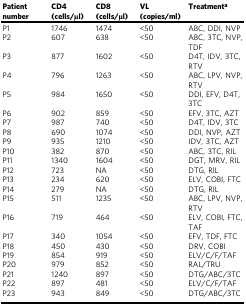
<table><thead><tr><td><b>Patient number</b></td><td><b>CD4 (cells/μl)</b></td><td><b>CD8 (cells/μl)</b></td><td><b>VL (copies/ml)</b></td><td><b>Treatment<sup>a</sup></b></td></tr></thead><tbody><tr><td>P1</td><td>1746</td><td>1474</td><td>&lt;50</td><td>ABC, DDI, NVP</td></tr><tr><td>P2</td><td>607</td><td>638</td><td>&lt;50</td><td>ABC, 3TC, NVP, TDF</td></tr><tr><td>P3</td><td>877</td><td>1602</td><td>&lt;50</td><td>D4T, IDV, 3TC, RTV</td></tr><tr><td>P4</td><td>796</td><td>1263</td><td>&lt;50</td><td>ABC, LPV, NVP, RTV</td></tr><tr><td>P5</td><td>984</td><td>1650</td><td>&lt;50</td><td>DDI, EFV, D4T, 3TC</td></tr><tr><td>P6</td><td>902</td><td>859</td><td>&lt;50</td><td>EFV, 3TC, AZT</td></tr><tr><td>P7</td><td>987</td><td>740</td><td>&lt;50</td><td>D4T, IDV, 3TC</td></tr><tr><td>P8</td><td>690</td><td>1074</td><td>&lt;50</td><td>DDI, NVP, AZT</td></tr><tr><td>P9</td><td>935</td><td>1210</td><td>&lt;50</td><td>IDV, 3TC, AZT</td></tr><tr><td>P10</td><td>382</td><td>870</td><td>&lt;50</td><td>ABC, 3TC, RIL</td></tr><tr><td>P11</td><td>1340</td><td>1604</td><td>&lt;50</td><td>DGT, MRV, RIL</td></tr><tr><td>P12</td><td>723</td><td>NA</td><td>&lt;50</td><td>DTG, RIL</td></tr><tr><td>P13</td><td>234</td><td>620</td><td>&lt;50</td><td>ELV, COBI, FTC</td></tr><tr><td>P14</td><td>279</td><td>NA</td><td>&lt;50</td><td>DTG, RIL</td></tr><tr><td>P15</td><td>511</td><td>1235</td><td>&lt;50</td><td>ABC, LPV, NVP, RTV</td></tr><tr><td>P16</td><td>719</td><td>464</td><td>&lt;50</td><td>ELV, COBI, FTC, TAF</td></tr><tr><td>P17</td><td>340</td><td>1054</td><td>&lt;50</td><td>EFV, TDF, FTC</td></tr><tr><td>P18</td><td>450</td><td>430</td><td>&lt;50</td><td>DRV, COBI</td></tr><tr><td>P19</td><td>854</td><td>919</td><td>&lt;50</td><td>ELV/C/F/TAF</td></tr><tr><td>P20</td><td>979</td><td>852</td><td>&lt;50</td><td>RAL/TRU</td></tr><tr><td>P21</td><td>1240</td><td>897</td><td>&lt;50</td><td>DTG/ABC/3TC</td></tr><tr><td>P22</td><td>897</td><td>481</td><td>&lt;50</td><td>ELV/C/F/TAF</td></tr><tr><td>P23</td><td>943</td><td>849</td><td>&lt;50</td><td>DTG/ABC/3TC</td></tr></tbody></table>